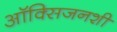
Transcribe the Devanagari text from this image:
ऑक्सिजनशी